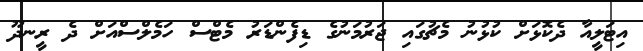
އިޓަލީއާ ދެކޮޅަށް ކުޅުނު މެޗުގައި ޖަރުމަނުގެ ޑިފެންޑަރު މެޓްސް ހަމެލްސްއަށް ދެ ރީނދޫ